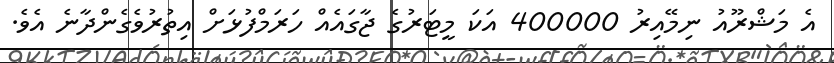
އެ މަޝްރޫއު ނިމޭއިރު 400000 އަކަ މީޓަރުގެ ޖާގައެއް ހަރަމްފުޅަށް އިތުރުވެގެންދާނެ އެވެ.